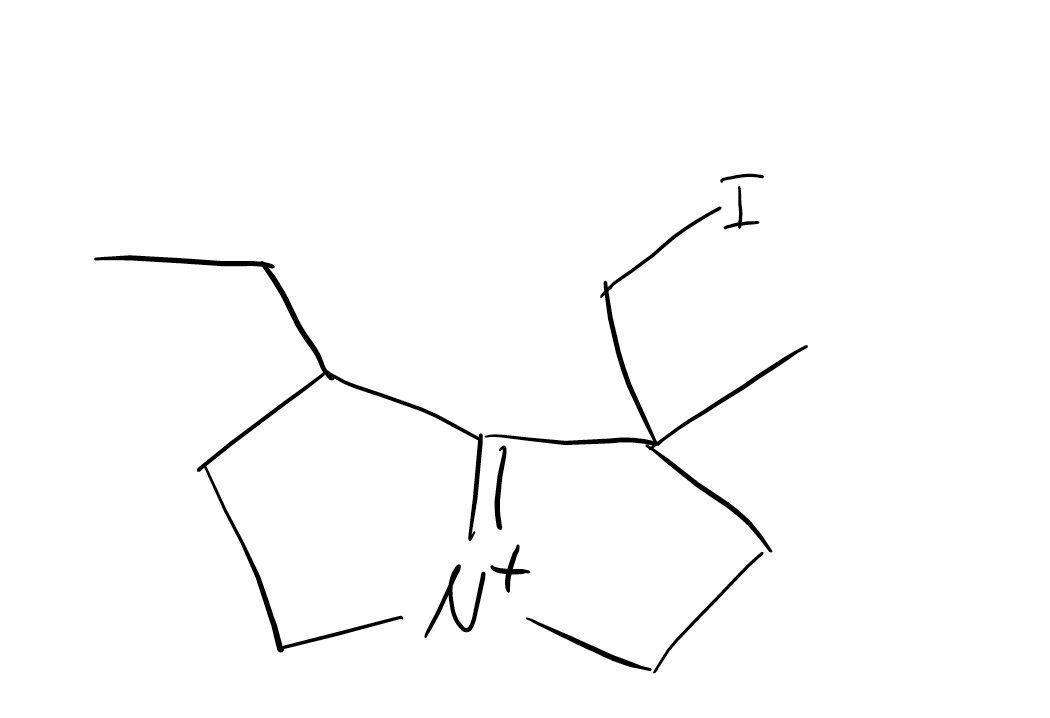
Simplified molecular-input line-entry system (SMILES) notation of the given molecule:
CC1(CC[N+]2=C1C(CC2)C=C)CI